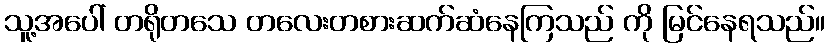
သူ့အပေါ် တရိုတသေ တလေးတစားဆက်ဆံနေကြသည် ကို မြင်နေရသည်။